Black-water fever - Number 35
Disease focus: Fever
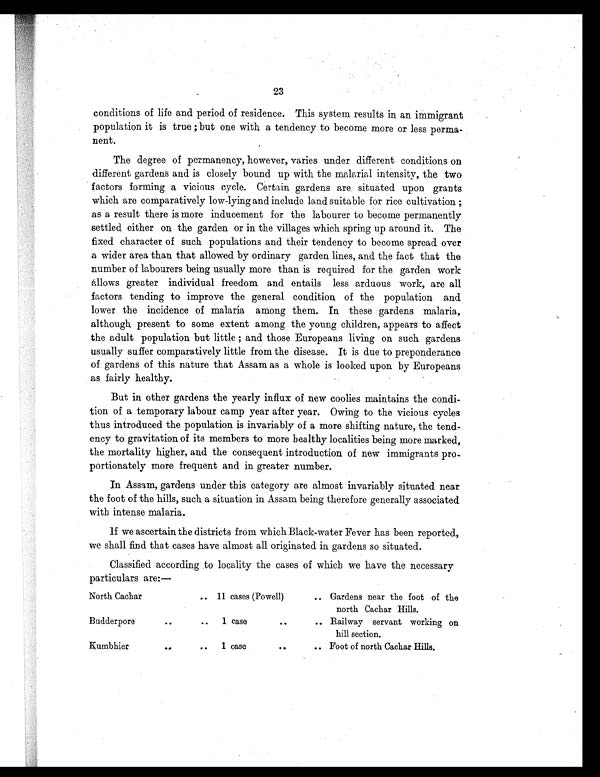
23
conditions of life and period of residence. This system results in an immigrant
population it is true ; but one with a tendency to become more or less perma
- n e n t .
The degree of permanency, however, varies under different conditions on
different gardens and is closely bound up with the malarial intensity, the two
factors forming a vicious cycle. Certain gardens are situated upon grants
which are comparatively low-lying and include land suitable for rice cultivation ;
as a result there is more inducement for the labourer to become permanently
settled either on the garden or in the villages which spring up around it. The
fixed character of such populations and their tendency to become spread over
a wider area than that allowed by ordinary garden lines, and the fact that the
number of labourers being usually more than is required for the garden work
allows greater individual freedom and entails less arduous work, are all
factors tending to improve the general condition of the population and
lower the incidence of malaria among them. In these gardens malaria,
although present to some extent among the young children, appears to affect
the adult population but little ; and those Europeans living on such gardens
usually suffer comparatively little from the disease. It is due to preponderance
of gardens of this nature that Assam as a whole is looked upon by Europeans
as fairly healthy.
But in other gardens the yearly influx of new coolies maintains the condi
- t i o n o f a t e m p o r a r y l a b o u r c a m p y e a r a f t e r y e a r . O w i n g t o t h e v i c i o u s c y c l e s
thus introduced the population is invariably of a more shifting nature, the tend
- e n c y t o g r a v i t a t i o n o f i t s m e m b e r s t o m o r e h e a l t h y l o c a l i t i e s b e i n g m o r e m a r k e d ,
the mortality higher, and the consequent introduction of new immigrants pro
- p o r t i o n a t e l y m o r e f r e q u e n t a n d i n g r e a t e r n u m b e r .
In Assam, gardens under this category are almost invariably situated near
the foot of the hills, such a situation in Assam being therefore generally associated
with intense malaria.
If we ascertain the districts from which Black-water Fever has been reported,
we shall find that cases have almost all originated in gardens so situated.
Classified according to locality the cases of which we have the necessary
particulars are:—
North Cachar
.. 11 cases (Powell)
.. Gardens near the foot of the
north Cachar Hills.
Budderpore
. .
.. 1 case
.. Railway servant working on
hill section.
Kumbhier
. .
.. 1 case..
.. Foot of north Cachar Hills.